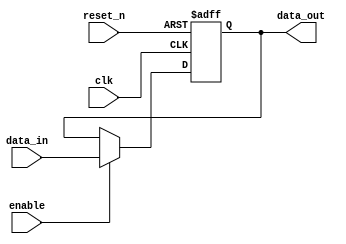
module output_register #(
    parameter WIDTH = 8 // Parameter for the width of the register
)(
    input wire clk,           // Clock input
    input wire reset_n,      // Asynchronous active-low reset
    input wire enable,        // Enable input
    input wire [WIDTH-1:0] data_in, // Data input
    output reg [WIDTH-1:0] data_out // Data output
);

    // Asynchronous reset and synchronous data capture
    always @(posedge clk or negedge reset_n) begin
        if (!reset_n) begin
            data_out <= {WIDTH{1'b0}}; // Reset output to 0
        end else if (enable) begin
            data_out <= data_in; // Capture data on clock edge if enabled
        end
    end

endmodule